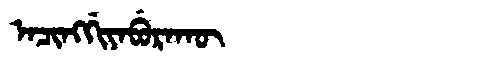
Manchu: ᠠᠴᡳᠩᡤᡳᠶᠠᠪᡠᡵᠠᡴᡡ
Romanization: ACINGGIYABURAKŪ